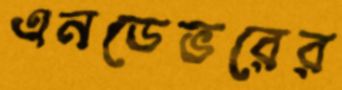
এনডেভরের